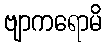
ဗျာကရောမိ